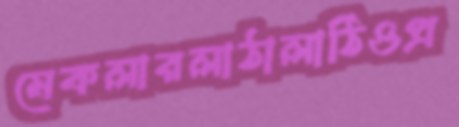
মেকলারলাঠালাঠিওপ্র